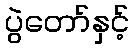
ပွဲတော်နှင့်